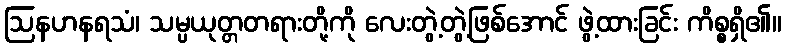
ဩနဟနရသံ၊ သမ္ပယုတ္တတရားတို့ကို လေးတွဲ့တွဲ့ဖြစ်အောင် ဖွဲ့ထားခြင်း ကိစ္စရှိ၏။